Manual of vaccination for the United Provinces of Agra and Oudh -
Year: 1903
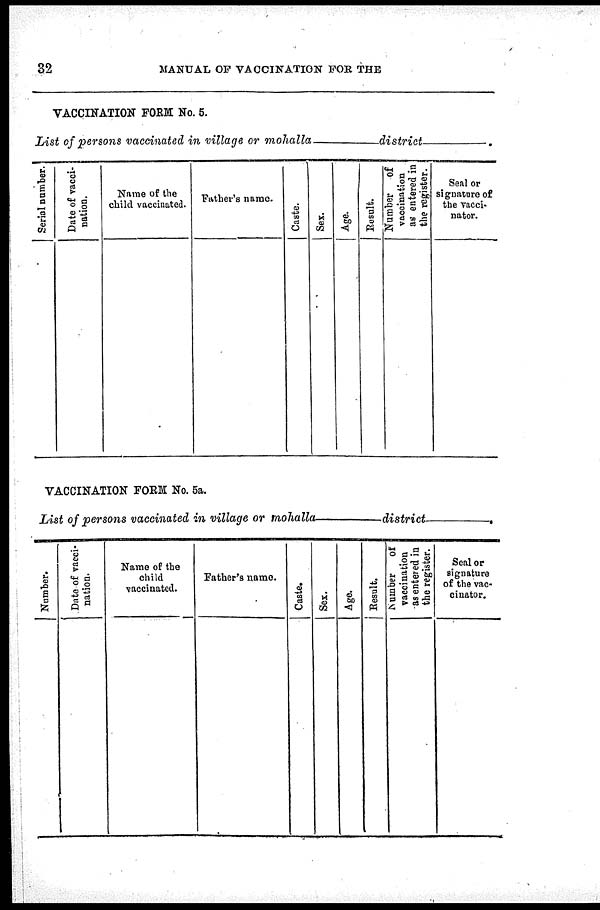
32
MANUAL OF VACCINATION FOR THE
VACCINATION FORM No. 5.
List of persons vaccinated in village or mohalla—district—
Serial number.
Date of vacci-
nation.
Name of the
child vaccinated. Father's name
Caste.
Sex.
Age.
Result.
Number of
vaccination
as entered in
the register.
Seal or
signature of
the vacci¬
nator.
VACCINATION FORM No. 5a.
List of persons vaccinated in village or
mohalla—district—
Number.
Date of vacci¬
nation.
Name of the
child
vaccinated.
Father's name
Caste.
Sex.
Age.
Result.
Number of
vaccination
as entered in
the register.
Seal or
signature
of the vac¬
cinator.